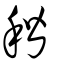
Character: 稭